Calcutta medical institutions reports 1879-81 [i.e.91]
Year: 1879
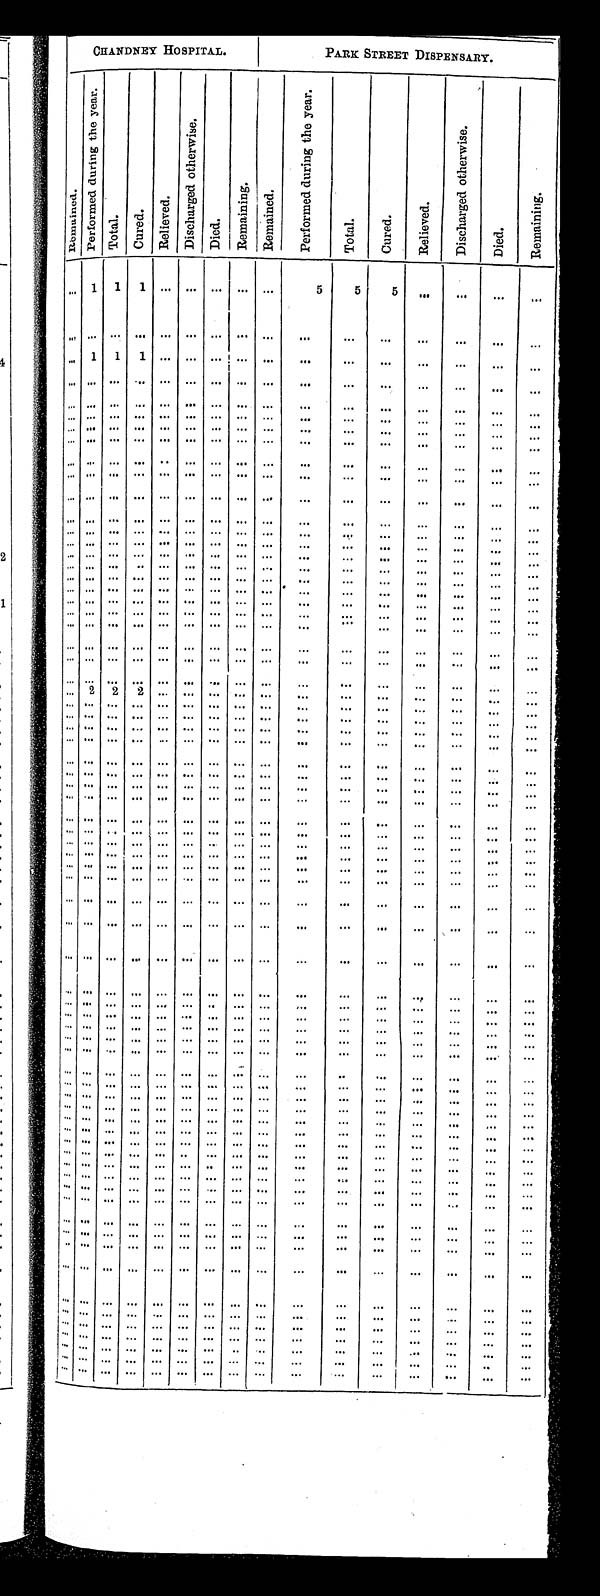
CHANDNEY HOSPITAL.
PARK STREET DISPENSARY.
R e m a i n e d .
P e r f o r m e d d u r i n g t h e y e a r .
T o t a l . C u r e d . R e l i e v e d .
D i s c h a r g e d o t h e r w i s e .
D i e d .
R e m a i n i n g .
R e m a i n e d .
P e r f o r m e d d u r i n g t h e y e a r .
T o t a l . C u r e d .
R e l i e v e d .
D i s c h a r e d o t h e r w i s e .
D i e d .
R e m a i n i n g .
. . . 1 1 1 . . . . . . . . . . . . . . . 5 5 5
. . . . . . . . . . . .
. . . . . . . . . . . . . . . . . . . . . . . . . . .
. . . . . . . . .
. . . . . . . . .
. . .
. . . 1 1 1 . . . . . . . . . . . . . . .
. . . . . . . . .
. . . . . . . . .
. . .
. . . . . . . . . . . . . . . . . . . . . . . . . . .
. . . . . . . . . . . . . . . . . .
. . .
. . . . . . . . . . . . . . . . . . . . . . . . . . .
. . . . . . . . . . . . . . . . . .
. . .
. . . . . . . . . . . . . . . . . . . . . . . . . . . . . .
. . . . . . . . . . . . . . .
. . .
. . . . . . . . . . . . . . . . . . . . . . . . . . . . . . . . . . . . . . . . . . . . .
. . .
. . . . . . . . . . . . . . . . . . . . . . . . . . . . . . . . . . . .
. . . . . . . . .
. . .
. . . . . . . . . . . . . . . . . . . . . . . . . . . . . .
. . . . . . . . . . . . . . . . . .
. . . . . . . . . . . . . . . . . . . . . . . . . . . . . .
. . . . . . . . . . . . . . .
. . .
. . . . . . . . . . . . . . . . . . . . . . . . . . .
. . . . . . . . .
. . . . . . . . .
. . .
. . . . . . . . . . . . . . . . . . . . . . . . . . . . . .
. . . . . . . . . . . . . . .
. . .
. . . . . . . . . . . . . . . . . . . . . . . . . . . . . .
. . . . . . . . . . . . . . . . . .
. . . . . . . . . . . . . . . . . . . . . . . . . . . . . .
. . . . . . . . . . . . . . .
. . .
. . . . . . . . . . . . . . . . . . . . . . . . . . . . . .
. . . . . .
. . . . . . . . .
. . .
. . . . . . . . . . . . . . . . . . . . . . . . . . . . . .
. . . . . . . . . . . . . . .
. . .
. . . . . . . . . . . . . . . . . . . . . . . . . . .
. . . . . . . . . . . . . . . . . .
. . .
. . . . . . . . . . . . . . . . . . . . . . . . . . . . . .
. . . . . . . . . . . . . . .
. . .
. . . . . . . . . . . . . . . . . . . . . . . . . . . . . .
. . . . . . . . . . . . . . .
. . .
. . . . . . . . . . . . . . . . . . . . . . . . . . . . . .
. . . . . . . . . . . . . . .
. . .
. . . . . . . . . . . . . . . . . . . . . . . . . . . . . .
. . . . . . . . . . . . . . .
. . .
. . . . . . . . . . . . . . . . . . . . . . . . . . . . . .
. . . . . . . . . . . . . . .
. . .
. . . . . . . . . . . . . . . . . . . . . . . . . . . . . .
. . . . . . . . . . . . . . .
. . .
. . . . . . . . . . . . . . . . . . . . . . . . . . . . . .
. . . . . . . . . . . .
. . . . . .
. . . 2 2 2 . . . . . . . . . . . . . . .
. . . . . . . . . . . . . . . . . .
. . .
. . . . . . . . . . . . . . . . . . . . . . . . . . . . . .
. . . . . . . . . . . . . . . . . .
. . . . . . . . . . . . . . . . . . . . . . . . . . . . . .
. . . . . . . . . . . . . . .
. . .
. . . . . . . . . . . . . . . . . . . . . . . . . . . . . .
. . . . . . . . . . . . . . . . . .
. . . . . . . . . . . . . . . . . . . . . . . . . . .
. . . . . . . . .
. . . . . . . . . . . .
. . . . . . . . . . . . . . . . . . . . . . . . . . . . . . . . . . . .
. . . . . . . . .
. . .
. . . . . . . . . . . . . . . . . . . . . . . . . . . . . .
. . . . . . . . . . . . . . .
. . .
. . . . . . . . . . . . . . . . . . . . . . . . . . . . . .
. . . . . . . . . . . . . . .
. . .
. . . . . . . . . . . . . . . . . . . . . . . . . . . . . .
. . . . . . . . . . . . . . .
. . .
. . . . . . . . . . . . . . . . . . . . . . . . . . .
. . . . . . . . . . . . . . . . . . . . .
. . . . . . . . . . . . . . . . . . . . . . . . . . .
. . . . . . . . . . . . . . . . . .
. . .
. . . . . . . . . . . . . . . . . . . . . . . . . . . . . .
. . . . . . . . . . . . . . .
. . .
. . . . . . . . . . . . . . . . . . . . . . . . . . .
. . . . . . . . . . . . . . . . . . . . .
. . . . . . . . . . . . . . . . . . . . . . . . . . . . . .
. . . . . . . . . . . . . . .
. . .
. . . . . . . . . . . . . . . . . . . . . . . . . . .
. . . . . . . . . . . . . . . . . . . . .
. . . . . . . . . . . . . . . . . . . . . . . . . . . . . .
. . . . . .
. . . . . . . . .
. . .
. . . . . . . . . . . . . . . . . . . . . . . . . . . . . .
. . . . . . . . . . . . . . .
. . .
. . . . . . . . . . . . . . . . . . . . . . . . . . . . . .
. . . . . . . . . . . . . . .
. . .
. . . . . . . . . . . . . . . . . . . . . . . . . . . . . .
. . . . . . . . . . . . . . . . . .
. . . . . . . . . . . . . . . . . . . . . . . . . . .
. . . . . . . . . . . . . . . . . .
. . .
. . . . . . . . . . . . . . . . . . . . . . . . . . . . . .
. . . . . . . . . . . . . . . . . .
. . . . . . . . . . . . . . . . . . . . . . . . . . . . . .
. . . . . . . . . . . . . . . . . .
. . . . . . . . . . . . . . . . . . . . . . . . . . . . . .
. . . . . . . . . . . . . . .
. . .
. . . . . . . . . . . . . . . . . . . . . . . . . . . . . .
. . . . . . . . . . . . . . .
. . .
. . . . . . . . . . . . . . . . . . . . . . . . . . . . . .
. . . . . . . . . . . . . . . . . .
. . . . . . . . . . . . . . . . . . . . . . . . . . . . . .
. . . . . . . . . . . .
. . .
. . .
. . . . . . . . . . . . . . . . . . . . . . . . . . . . . .
. . . . . .
. . . . . .
. . .
. . .
. . . . . . . . . . . . . . . . . . . . . . . . . . . . . . . . .
. . . . . . . . .
. . .
. . .
. . . . . . . . . . . . . . . . . . . . . . . . . . . . . .
. . . . . . . . . . . . . . . . . .
. . . . . . . . . . . . . . . . . . . . . . . . . . . . . .
. . . . . . . . . . . .
. . . . . .
. . . . . . . . . . . . . . . . . . . . . . . . . . . . . .
. . . . . . . . . . . .
. . .
. . .
. . . . . . . . . . . . . . . . . . . . . . . . . . . . . .
. . . . . .
. . . . . .
. . . . . .
. . . . . . . . . . . . . . . . . . . . . . . . . . . . . .
. . . . . . . . . . . .
. . .
. . .
. . . . . . . . . . . . . . . . . . . . . . . . . . . . . . . . .
. . . . . . . . .
. . . . . .
. . . . . . . . . . . . . . . . . . . . . . . . . . . . . .
. . . . . . . . . . . .
. . .
. . .
. . . . . . . . . . . . . . . . . . . . . . . . . . . . . .
. . . . . . . . . . . . . . . . . .
. . . . . . . . . . . . . . . . . . . . . . . . . . . . . .
. . . . . . . . . . . .
. . .
. . .
. . . . . . . . . . . . . . . . . . . . . . . . . . . . . .
. . . . . . . . . . . .
. . .
. . .
. . . . . . . . . . . . . . . . . . . . . . . . . . .
. . . . . . . . . . . . . . .
. . .
. . .
. . . . . . . . . . . . . . . . . . . . . . . . . . .
. . . . . . . . . . . . . . . . . . . . .
. . . . . . . . . . . . . . . . . . . . . . . . . . .
. . . . . . . . . . . . . . .
. . .
. . .
. . . . . . . . . . . . . . . . . . . . . . . . . . .
. . . . . . . . . . . . . . . . . . . . .
. . . . . . . . . . . . . . . . . . . . . . . . . . .
. . . . . . . . .
. . . . . .
. . .
. . .
. . . . . . . . . . . . . . . . . . . . . . . . . . . . . .
. . . . . . . . .
. . . . . .
. . .
. . .
. . . . . . . . . . . . . . . . . . . . . . . . . . . . . .
. . . . . . . . . . . .
. . .
. . .
. . . . . . . . . . . . . . . . . . . . . . . . . . . . . .
. . . . . . . . . . . .
. . .
. . .
. . . . . . . . . . . . . . . . . . . . . . . . . . .
. . . . . .
. . . . . . . . .
. . .
. . .